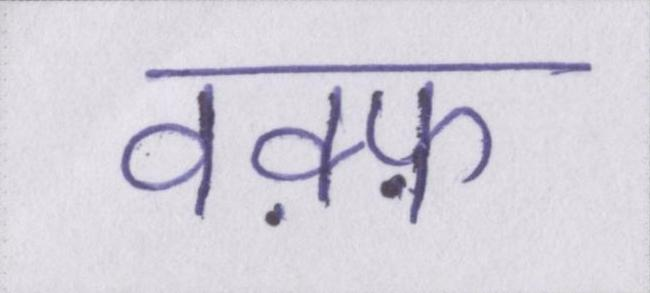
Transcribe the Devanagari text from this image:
वक़्फ़